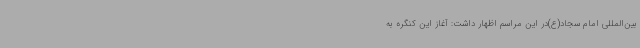
بین‌المللی امام سجاد(ع)در این مراسم اظهار داشت: آغاز این کنگره به